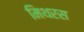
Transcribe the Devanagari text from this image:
मिथरस